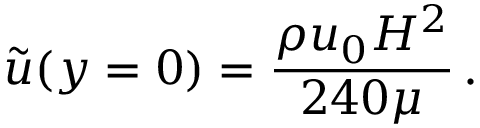
\tilde { u } ( y = 0 ) = { \frac { \rho u _ { 0 } H ^ { 2 } } { 2 4 0 \mu } } \, .